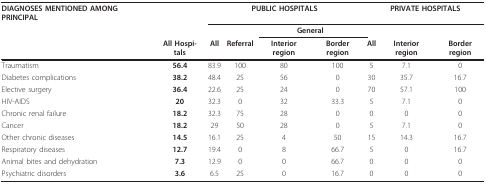
<table><thead><tr><td><b>DIAGNOSES MENTIONED AMONG PRINCIPAL</b></td><td></td><td colspan="4"><b>PUBLIC HOSPITALS</b></td><td colspan="3"><b>PRIVATE HOSPITALS</b></td></tr><tr><td></td><td></td><td></td><td></td><td colspan="2"><b>General</b></td><td></td><td></td><td></td></tr><tr><td></td><td><b>All Hospi-tals</b></td><td><b>All</b></td><td><b>Referral</b></td><td><b>Interior region</b></td><td><b>Border region</b></td><td><b>All</b></td><td><b>Interior region</b></td><td><b>Border region</b></td></tr></thead><tbody><tr><td>Traumatism</td><td><b>56.4</b></td><td>83.9</td><td>100</td><td>80</td><td>100</td><td>5</td><td>7.1</td><td>0</td></tr><tr><td>Diabetes complications</td><td><b>38.2</b></td><td>48.4</td><td>25</td><td>56</td><td>0</td><td>30</td><td>35.7</td><td>16.7</td></tr><tr><td>Elective surgery</td><td><b>36.4</b></td><td>22.6</td><td>25</td><td>24</td><td>0</td><td>70</td><td>57.1</td><td>100</td></tr><tr><td>HIV-AIDS</td><td><b>20</b></td><td>32.3</td><td>0</td><td>32</td><td>33.3</td><td>5</td><td>7.1</td><td>0</td></tr><tr><td>Chronic renal failure</td><td><b>18.2</b></td><td>32.3</td><td>75</td><td>28</td><td>0</td><td>0</td><td>0</td><td>0</td></tr><tr><td>Cancer</td><td><b>18.2</b></td><td>29</td><td>50</td><td>28</td><td>0</td><td>5</td><td>7.1</td><td>0</td></tr><tr><td>Other chronic diseases</td><td><b>14.5</b></td><td>16.1</td><td>25</td><td>4</td><td>50</td><td>15</td><td>14.3</td><td>16.7</td></tr><tr><td>Respiratory diseases</td><td><b>12.7</b></td><td>19.4</td><td>0</td><td>8</td><td>66.7</td><td>5</td><td>0</td><td>16.7</td></tr><tr><td>Animal bites and dehydration</td><td><b>7.3</b></td><td>12.9</td><td>0</td><td>0</td><td>66.7</td><td>0</td><td>0</td><td>0</td></tr><tr><td>Psychiatric disorders</td><td><b>3.6</b></td><td>6.5</td><td>25</td><td>0</td><td>16.7</td><td>0</td><td>0</td><td>0</td></tr></tbody></table>